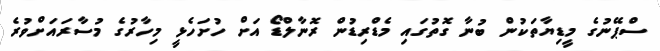
ސްޕޭނުގެ މީޑިޔާތަކުން ބުނާ ގޮތުގައި މެޑްރިޑުން ރޮނާލްޑޯ އަށް ހުށަހެޅީ މިހާރުގެ މުސާރައަށްވުރެ